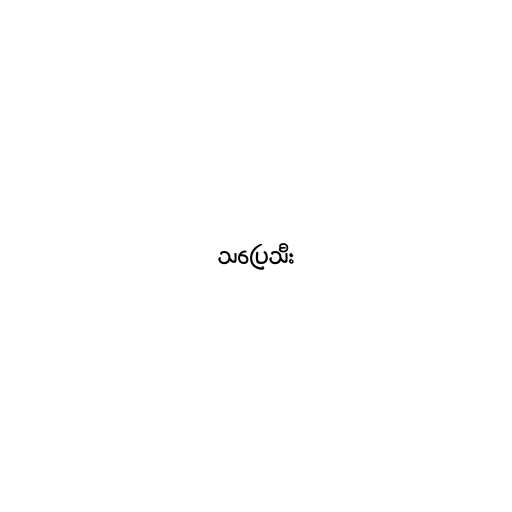
သပြေသီး